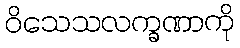
ဝိသေသလက္ခဏာကို